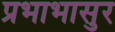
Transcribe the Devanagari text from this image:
प्रभाभासुर